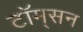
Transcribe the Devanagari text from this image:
टॉम्‌सन